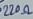
Text: 220Ω